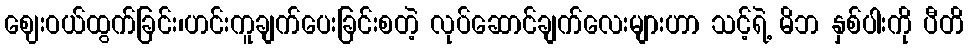
ဈေးဝယ်ထွက်ခြင်း၊ဟင်းကူချက်ပေးခြင်းစတဲ့ လုပ်ဆောင်ချက်လေးများဟာ သင့်ရဲ့ မိဘ နှစ်ပါးကို ပီတိ